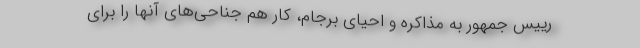
رییس جمهور به مذاکره و احیای برجام، کار هم جناحی‌های آنها را برای